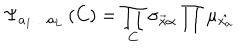
\Psi _ { a _ { 1 } \ldots a _ { L } } \left( C \right) = \prod _ { C } { \sigma _ { \vec { x } \alpha } } \prod { \mu _ { \hat { x _ { a } } } }